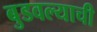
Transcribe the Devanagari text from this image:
बुडवल्याची